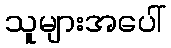
သူများအပေါ်